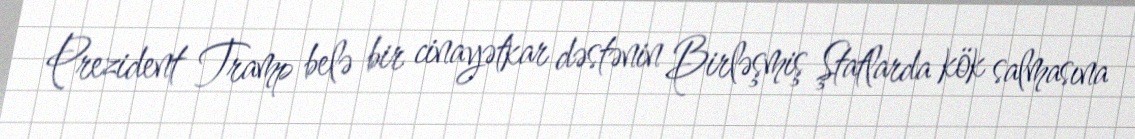
Prezident Tramp belə bir cinayətkar dəstənin Birləşmiş Ştatlarda kök salmasına